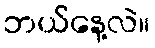
ဘယ်နေ့လဲ။